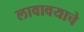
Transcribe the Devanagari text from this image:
लावावयाचे